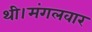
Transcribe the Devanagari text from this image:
थी।मंगलवार